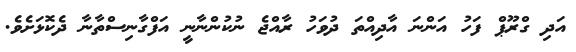
އަދި ގްރޫޕް ފަހު އަންނަ އާދިއްތަ ދުވަހު ރާއްޖެ ނުކުންނާނީ އަފްގާނިސްތާނާ ދެކޮޅަށެވެ.